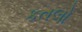
કતલો